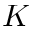
K